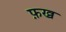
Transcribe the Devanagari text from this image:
फ़ख्र